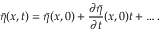
\bar { \eta } ( x , t ) = \bar { \eta } ( x , 0 ) + \frac { \partial \bar { \eta } } { \partial t } ( x , 0 ) t + \ldots .